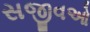
સજીવઓ